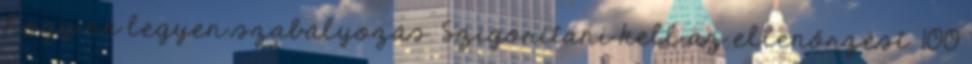
hogy ne legyen szabályozás. Szigorítani kell az ellenőrzést. 100